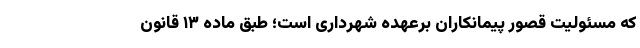
که مسئولیتِ قصور پیمانکاران برعهده شهرداری است؛ طبق ماده ۱۳ قانون